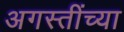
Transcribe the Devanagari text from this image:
अगस्तींच्या